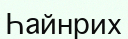
Һайнрих